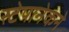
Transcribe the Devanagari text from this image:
स्टेपानेकने